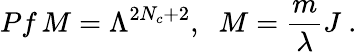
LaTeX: Pf\, M=\Lambda^{2N_{c}+2},\; \; M=\frac{m}{\lambda}J\ .